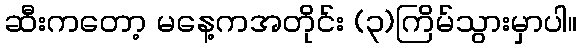
ဆီးကတော့ မနေ့ကအတိုင်း (၃)ကြိမ်သွားမှာပါ။